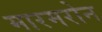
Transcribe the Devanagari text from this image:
मारमरोन